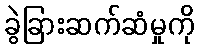
ခွဲခြားဆက်ဆံမှုကို